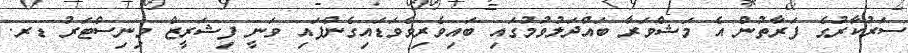
ސަރުކާރުގެ ފަރާތުން އެ މަޝްވަރާ ބައްދަލުވުމުގައި ބައިވެރިވެވަޑައިގެންފައި ވަނީ ފިޝަރީޒް މިނިސްޓަރު ޑރ.